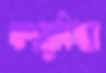
ঋণসুবিধার